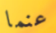
عنما